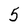
Character: 5